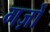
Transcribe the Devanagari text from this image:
गज़ों